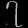
Digit: ၇